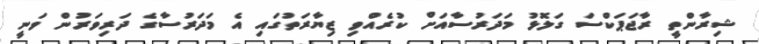
ޝިރާންތީ ރާޖަޕަކްސަ ގަލޮޅު މަދަރުސާއަށް ކުރެއްވި ޒިޔާރަތުގައި އެ މަދަރުސާގެ ދަރިވަރުން ވަނީ